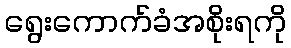
ရွေးကောက်ခံအစိုးရကို